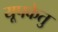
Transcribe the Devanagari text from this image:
यूपकेतु